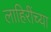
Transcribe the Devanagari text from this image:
लाहिरींच्या